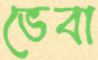
ভেবা